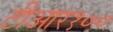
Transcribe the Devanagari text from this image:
टीआर१००